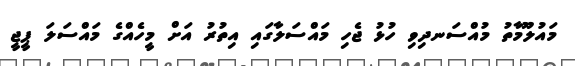
މައުލޫމާތު މުއްސަނދިވި ހުޅު ޖެހި މައްސަލާގައި އިތުރު އަށް މީހެއްގެ މައްސަލަ ޕީޖީ